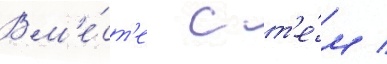
Вм'е́ст'е с т'е́м /